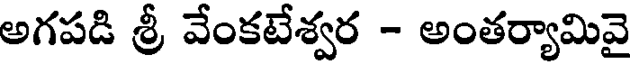
అగపడి శ్రీ వేంకటేశ్వర - అంతర్యామివై